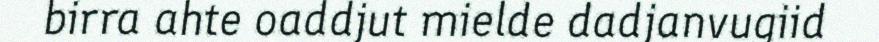
birra ahte oaddjut mielde dadjanvugiid